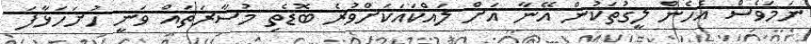
ނަމަވެސް އެހެން ލީގުތަކުން އޭނާ އަށް ލައްކައަކަށްވުރެ ބޮޑެތި މުސާރަތައް ވަނީ ހުށަހަޅާފަ